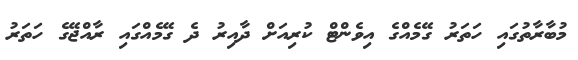
މުބާރާތުގައި ހަތަރު ގޭމެއްގެ އިވެންޓް ކުރިއަށް ދާއިރު ދެ ގޭމެއްގައި ރާއްޖޭގެ ހަތަރު